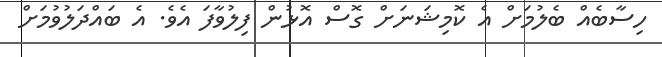
ހިސާބެއް ބެލުމަށް އެ ކޮމިޝަނަށް ގޮސް އޮޅުން ފިލުވާފަ އެވެ. އެ ބައްދަލުވުމަށް